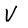
Character: V